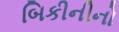
બિકીનીનો